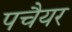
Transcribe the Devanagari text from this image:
पचैयर